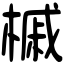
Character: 槭